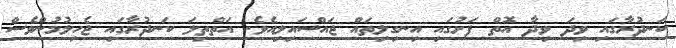
ކަނދުރާގައި ވިދަ ވިދާ އޮތް ފަށުގައި އިނގިލިތައް ޖައްސައިލިއެވެ. އަތްތިލަ ކަނދުރާގައި ޖެހިލުމުންވެސް